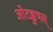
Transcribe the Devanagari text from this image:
ओटक्कुषल्